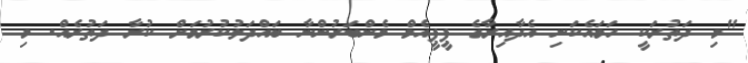
"މި ދަތުރަކީ ހަމައެކަނި އެދާއިރާގެ ޕީޕީއެމް މެންބަރުންނާ ބައްދަލުކުރުމަށް ކުރާ ދަތުރެއް. މި